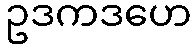
ဥဒကဒဟေ